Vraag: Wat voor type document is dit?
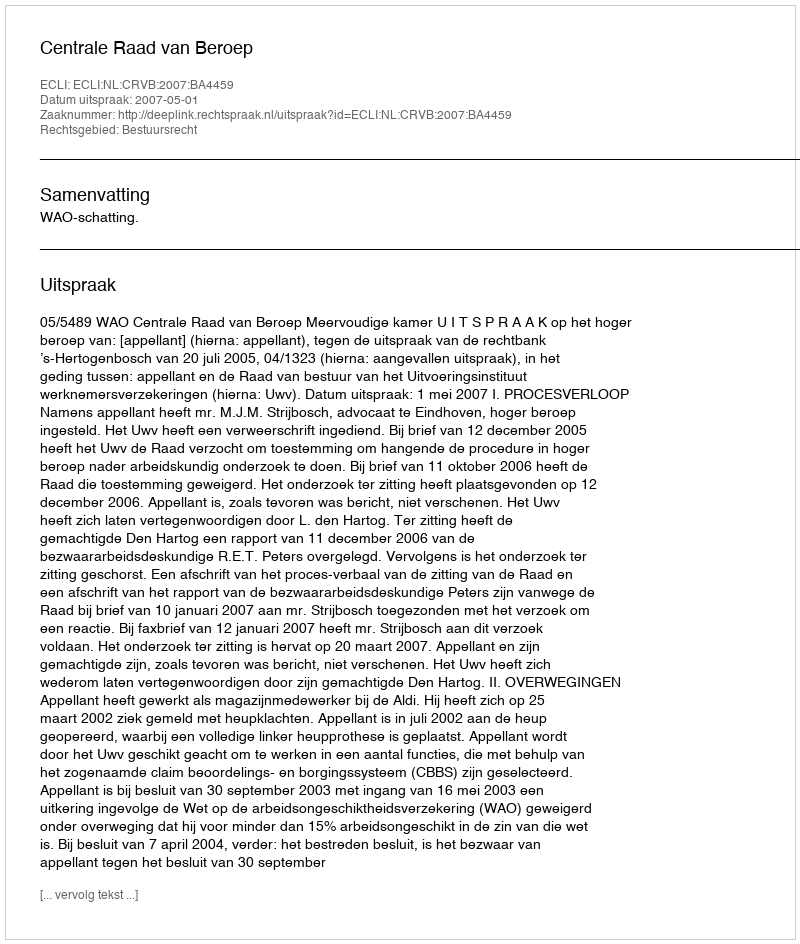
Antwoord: Uitspraak